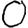
Digit: 0